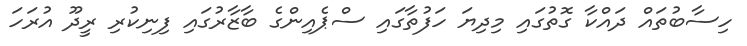
ހިސާބުތައް ދައްކާ ގޮތުގައި މިދިޔަ ހަފުތާގައި ސްޕެއިންގެ ބާޒާރުގައި ފިނިކުރި ރީދޫ އުރަހަ